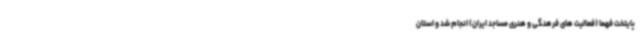
پایتخت فهما (فعالیت های فرهنگی و هنری مساجد ایران) انجام شد و استان